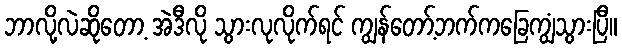
ဘာလို့လဲဆိုတော့ အဲဒီလို သွားလုလိုက်ရင် ကျွန်တော့်ဘက်ကခြေကျွံသွားပြီ။